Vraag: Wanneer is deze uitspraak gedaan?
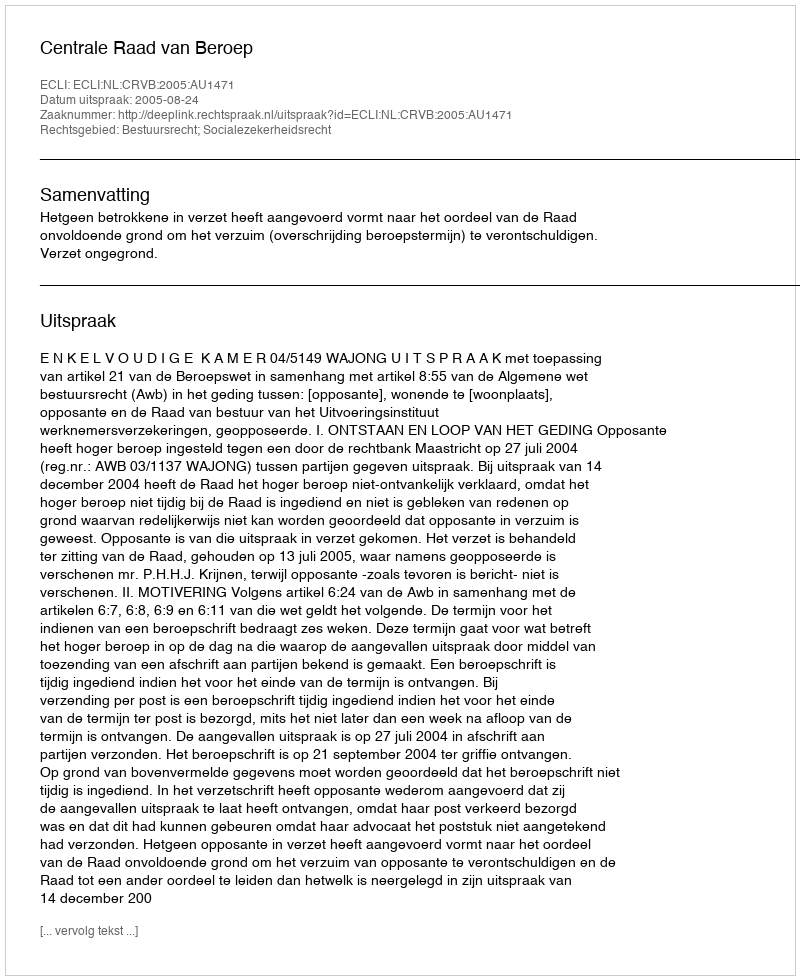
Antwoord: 2005-08-24